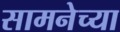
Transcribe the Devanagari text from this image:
सामनेच्या